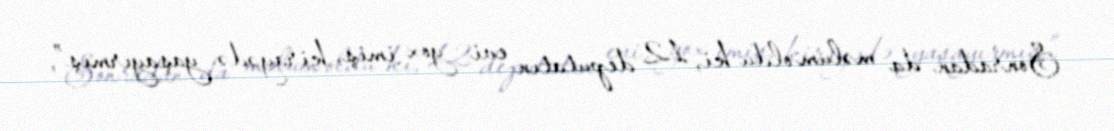
Sonradan da məlum oldu ki, 12 deputatın evi yox imiş, kirayədə yaşayırmış”,